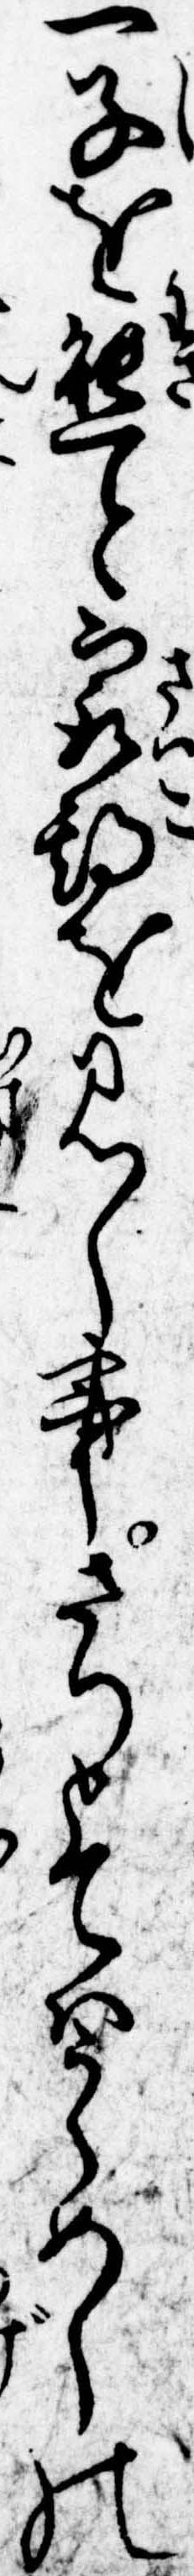
一子を態と最期を見し事さりとてはうらめしの